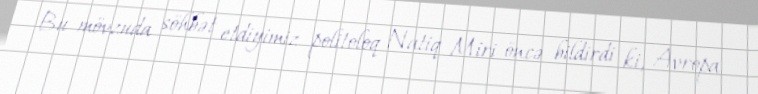
Bu mövzuda söhbət etdiyimiz politoloq Natiq Miri öncə bildirdi ki, Avropa